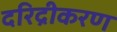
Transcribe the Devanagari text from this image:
दरिद्रीकरण